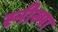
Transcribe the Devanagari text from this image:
स्नीस्मा